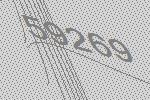
59269